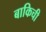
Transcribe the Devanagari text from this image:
बाकिची